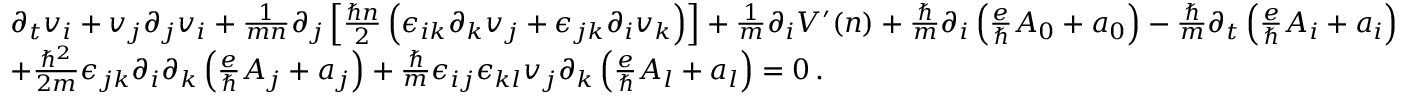
\begin{array} { r l } & { \partial _ { t } v _ { i } + v _ { j } \partial _ { j } v _ { i } + \frac { 1 } { m n } \partial _ { j } \left[ \frac { \hbar n } { 2 } \left( \epsilon _ { i k } \partial _ { k } v _ { j } + \epsilon _ { j k } \partial _ { i } v _ { k } \right) \right] + \frac { 1 } { m } \partial _ { i } V ^ { \prime } ( n ) + \frac { \hbar } { m } \partial _ { i } \left( \frac { e } { \hbar } A _ { 0 } + a _ { 0 } \right) - \frac { \hbar } { m } \partial _ { t } \left( \frac { e } { \hbar } A _ { i } + a _ { i } \right) } \\ & { + \frac { \hbar ^ { 2 } } { 2 m } \epsilon _ { j k } \partial _ { i } \partial _ { k } \left( \frac { e } { \hbar } A _ { j } + a _ { j } \right) + \frac { \hbar } { m } \epsilon _ { i j } \epsilon _ { k l } v _ { j } \partial _ { k } \left( \frac { e } { \hbar } A _ { l } + a _ { l } \right) = 0 \, . } \end{array}